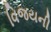
વિજયની